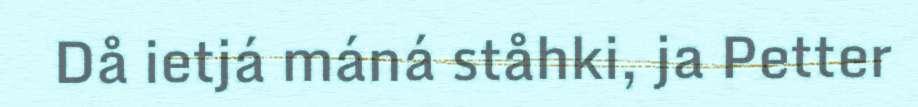
Då ietjá máná ståhki, ja Petter